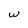
Character: w